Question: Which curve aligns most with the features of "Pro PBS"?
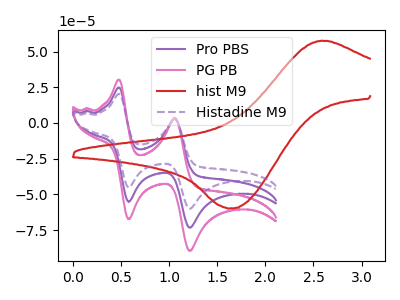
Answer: <think>The purple curve "Pro PBS" has anodic peaks at (0.50V, 24.75uA) (1.05V, 3.00uA) and cathodic peaks at (0.60V, -55.10uA) (1.20V, -73.25uA). The pink curve "PG PB" has anodic peaks at (0.50V, 49.50uA) (1.05V, 6.05uA) and cathodic peaks at (0.60V, -110.20uA) (1.20V, -146.50uA). The red curve "hist M9" has an anodic peak at (2.60V, 57.45uA) and a cathodic peak at (1.65V, -59.65uA). The purple dashed curve "Histadine M9" has anodic peaks at (0.50V, 20.25uA) (1.05V, 2.45uA) and cathodic peaks at (0.60V, -45.15uA) (1.20V, -59.95uA).
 All the peaks in "Pro PBS" have a peak in "PG PB" at the same potential. Every peak in "Pro PBS" is lower than every peak in "PG PB". "Pro PBS" and "hist M9" have a different number of peaks. All the peaks in "Pro PBS" have a peak in "Histadine M9" at the same potential. Every peak in "Pro PBS" is higher than every peak in "Histadine M9". "PG PB" and "hist M9" have a different number of peaks. All the peaks in "PG PB" have a peak in "Histadine M9" at the same potential. Every peak in "PG PB" is higher than every peak in "Histadine M9". "hist M9" and "Histadine M9" have a different number of peaks.</think>
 <answer>"Pro PBS" and "PG PB" have a similar shape to "Histadine M9".</answer>
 <eval>"Pro PBS" "PG PB"</eval>